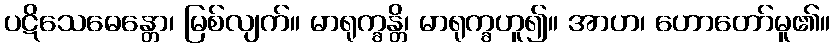
ပဋိသေဓေန္တော၊ မြစ်လျက်။ မာရုက္ခန္တိ၊ မာရုက္ခဟူ၍။ အာဟ၊ ဟောတော်မူ၏။